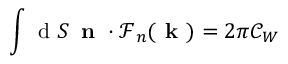
\int \mathrm { ~ d ~ } S \, \textbf { n } \cdot \boldsymbol { \mathcal { F } } _ { n } ( \textbf { k } ) = 2 \pi \mathcal { C } _ { W }